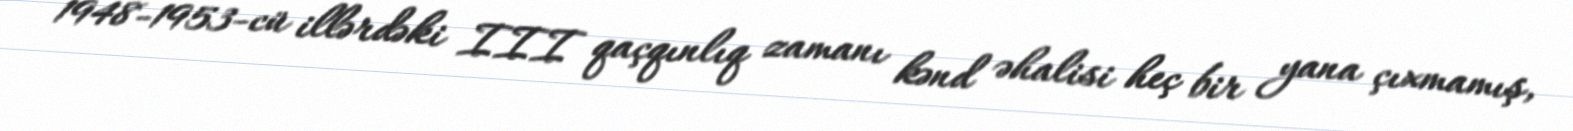
1948-1953-cü illərdəki III qaçqınlıq zamanı kənd əhalisi heç bir yana çıxmamış,